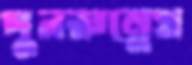
পুনরুল্লেখ